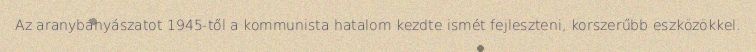
Az aranybányászatot 1945-től a kommunista hatalom kezdte ismét fejleszteni, korszerűbb eszközökkel.